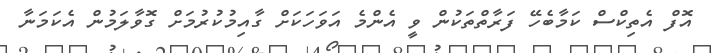
އޮފް އެތިކްސް ކަމާބެހޭ ފަރާތްތަކުން ވީ އެންމެ އަވަހަކަށް ގާއިމުކުރުމަށް ގޮވާލަމުން އެކަމަނާ